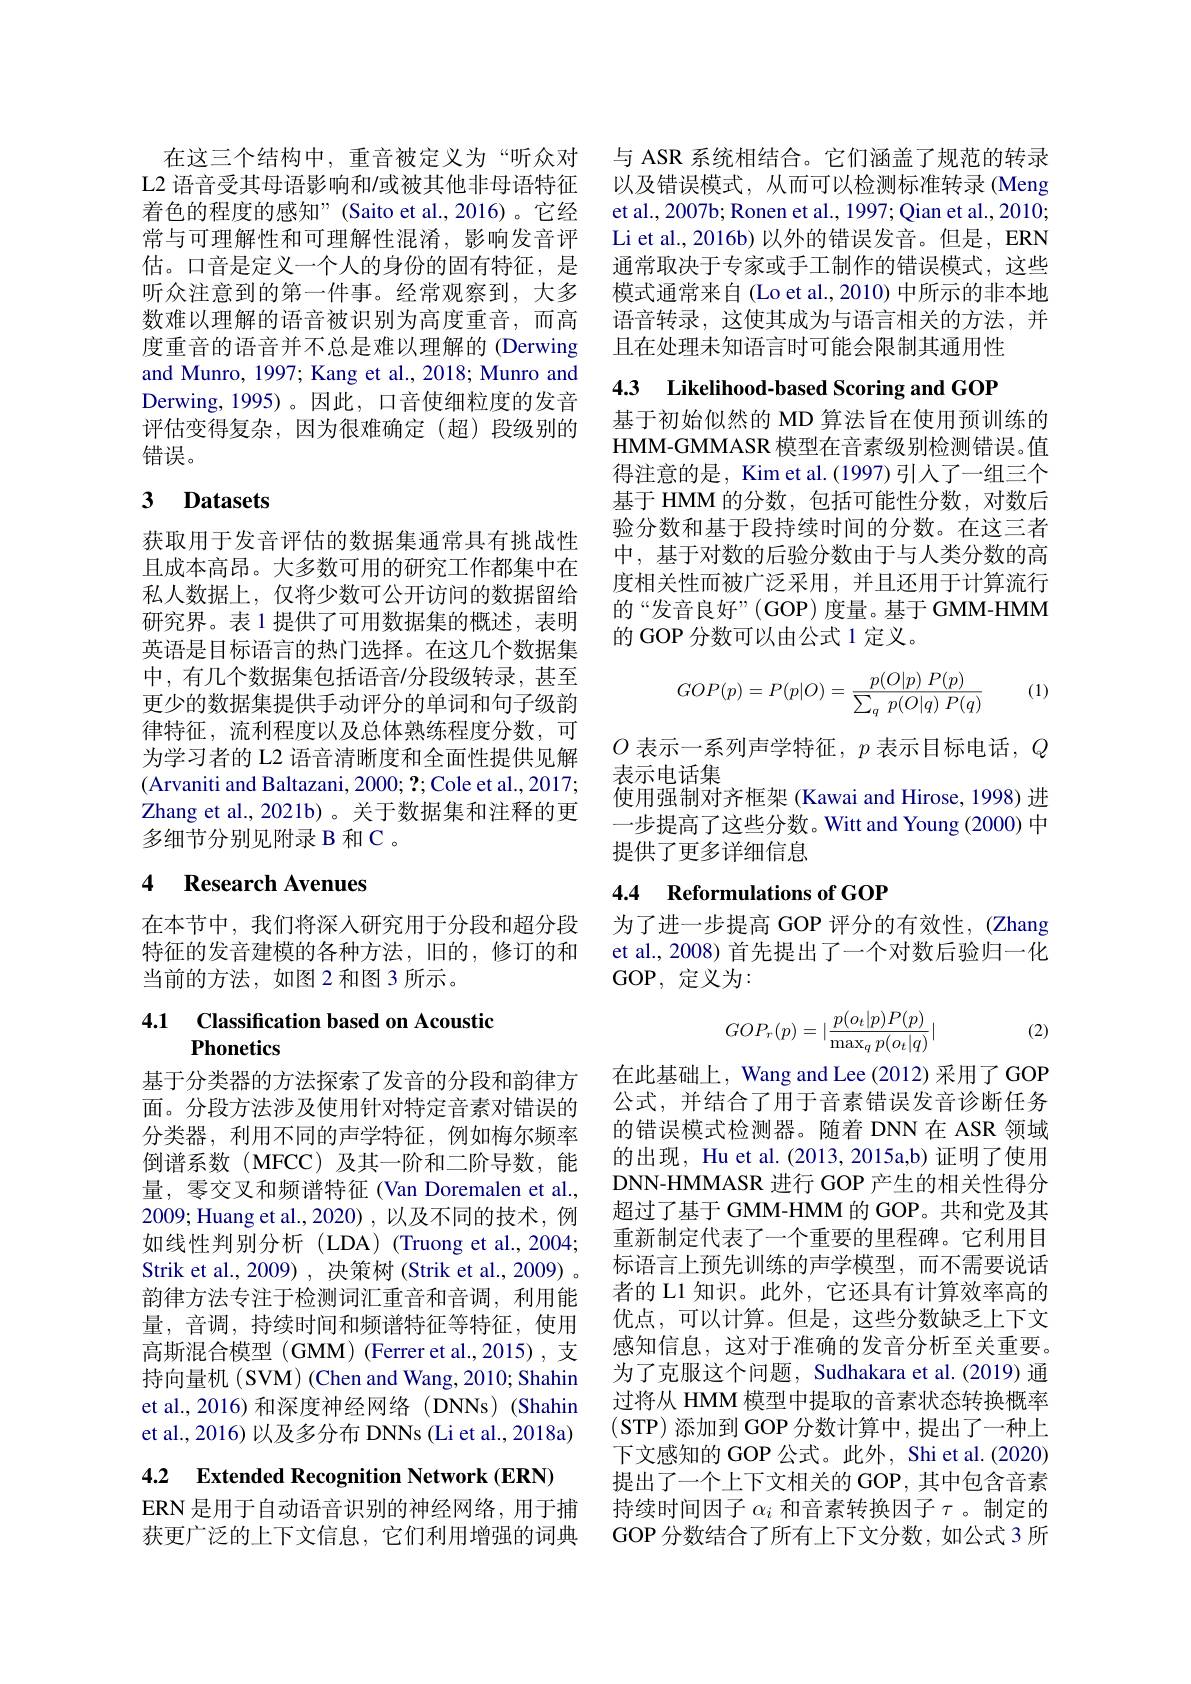
在这三个结构中，重音被定义为“听众对L2 语音受其母语影响和/或被其他非母语特征着色的程度的感知”(Saito et al.,2016)。它经常与可理解性和可理解性混淆，影响发音评估。口音是定义一个人的身份的固有特征，是听众注意到的第一件事。经常观察到，大多数难以理解的语音被识别为高度重音，而高度重音的语音并不总是难以理解的 (Derwing and Munro, 1997; Kang et al., 2018; Munro and Derwing, 1995)。因此，口音使细粒度的发音评估变得复杂，因为很难确定(超)段级别的错误。

## 3 Datasets

获取用于发音评估的数据集通常具有挑战性且成本高昂。大多数可用的研究工作都集中在私人数据上，仅将少数可公开访问的数据留给研究界。表 1 提供了可用数据集的概述，表明英语是目标语言的热门选择。在这几个数据集中，有几个数据集包括语音/分段级转录，甚至更少的数据集提供手动评分的单词和句子级韵律特征，流利程度以及总体熟练程度分数，可为学习者的 L2 语音清晰度和全面性提供见解(Arvaniti and Baltazani, 2000; $\mathbf{?};$Cole et al., 2017; Zhang et al., 2021b)。关于数据集和注释的更多细节分别见附录 B 和 C 。

## 4 Research Avenues

在本节中，我们将深人研究用于分段和超分段 为了进一步提高 GOP 评分的有效性，(Zhang
特征的发音建模的各种方法，旧的，修订的和
当前的方法，如图 2 和图 3 所示。

### 4.1 Classification based on Acoustio Phonetics

基于分类器的方法探索了发音的分段和韵律方面。分段方法涉及使用针对特定音素对错误的分类器，利用不同的声学特征，例如梅尔频率倒谱系数(MFCC)及其一阶和二阶导数，能量，零交叉和频谱特征 (Van Doremalen et al., 2009; Huang et al., 2020), 以及不同的技术，例如线性判别分析(LDA)(Truong et al.,2004; Strik et al., 2009), 决策树 (Strik et al., 2009) 。韵律方法专注于检测词汇重音和音调，利用能量，音调，持续时间和频谱特征等特征，使用高斯混合模型 (GMM) (Ferrer et al.,2015) , 支持向量机(SVM)(Chen and Wang, 2010; Shahin et al., 2016) 和深度神经网络(DNNs) (Shahin et al., 2016) 以及多分布 DNNs (Li et al., 2018a)

4.2 Extended Recognition Network (ERN)

ERN 是用于自动语音识别的神经网络，用于捕获更广泛的上下文信息，它们利用增强的词典

与 ASR 系统相结合。它们涵盖了规范的转录以及错误模式，从而可以检测标准转录 (Meng et al., 2007b; Ronen et al., 1997; Qian et al., 2010; Li et al., 2016b) 以外的错误发音。但是，ERN 通常取决于专家或手工制作的错误模式，这些模式通常来自 (Lo et al., 2010) 中所示的非本地语音转录，这使其成为与语言相关的方法，并且在处理未知语言时可能会限制其通用性

4.3 Likelihood-based Scoring and GOP

基于初始似然的 MD 算法旨在使用预训练的HMM-GMMASR 模型在音素级别检测错误。值得注意的是，Kim et al.(1997) 引人了一组三个基于 HMM 的分数，包括可能性分数，对数后验分数和基于段持续时间的分数。在这三者中，基于对数的后验分数由于与人类分数的高度相关性而被广泛采用，并且还用于计算流行的“发音良好”(GOP)度量。基于GMM-HMM 的 GOP 分数可以由公式 1 定义。

(1)
$$GOP(p)=P(p|O)=\frac{p(O|p)\:P(p)}{\sum_q\:p(O|q)\:P(q)}$$
$O$表示一系列声学特征，$p$表示目标电话，$Q$
表示电话集
使用强制对齐框架 (Kawai and Hirose, 1998) 进一步提高了这些分数。Witt and Young (2000) 中提供了更多详细信息

## 4.4 Reformulations of GOP

et al., 2008) 首先提出了一个对数后验归一化
GOP, 定义为：

(2)
$$GOP_r(p)=|\frac{p(o_t|p)P(p)}{\max_qp(o_t|q)}|$$
在此基础上，Wang and Lee (2012) 采用了 GOP 公式，并结合了用于音素错误发音诊断任务的错误模式检测器。随着 DNN 在 ASR 领域的出现，Hu et al. (2013, 2015a,b) 证明了使用DNN-HMMASR 进行 GOP 产生的相关性得分超过了基于 GMM-HMM 的 GOP。共和党及其重新制定代表了一个重要的里程碑。它利用目标语言上预先训练的声学模型，而不需要说话者的 L1 知识。此外，它还具有计算效率高的优点，可以计算。但是，这些分数缺乏上下文感知信息，这对于准确的发音分析至关重要。为了克服这个问题，Sudhakara et al.(2019) 通过将从 HMM 模型中提取的音素状态转换概率(STP) 添加到 GOP 分数计算中，提出了一种上下文感知的 GOP 公式。此外，Shi et al.(2020) 提出了一个上下文相关的 GOP, 其中包含音素持续时间因子$\alpha_i$和音素转换因子$\tau$。制定的GOP 分数结合了所有上下文分数，如公式 3 所